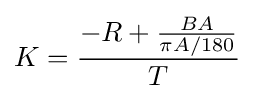
K={\frac {-R+{\frac {BA}{\pi A/180}}}{T}}